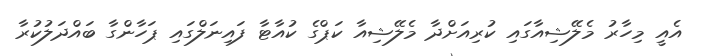
އެއީ މިހާރު މެލޭޝިއާގައި ކުރިއަށްދާ މެލޭޝިއާ ކަޕްގެ ކުއާޓާ ފައިނަލްގައި ޕަހާންގާ ބައްދަލުކުރާ